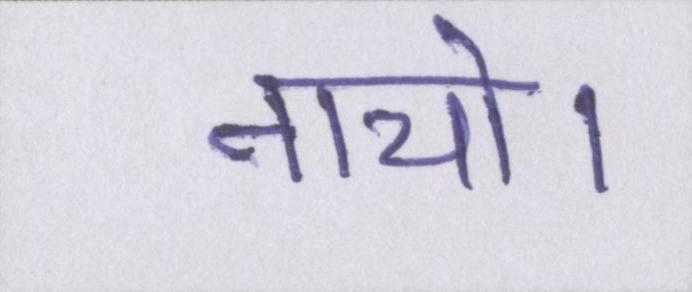
नाचो।